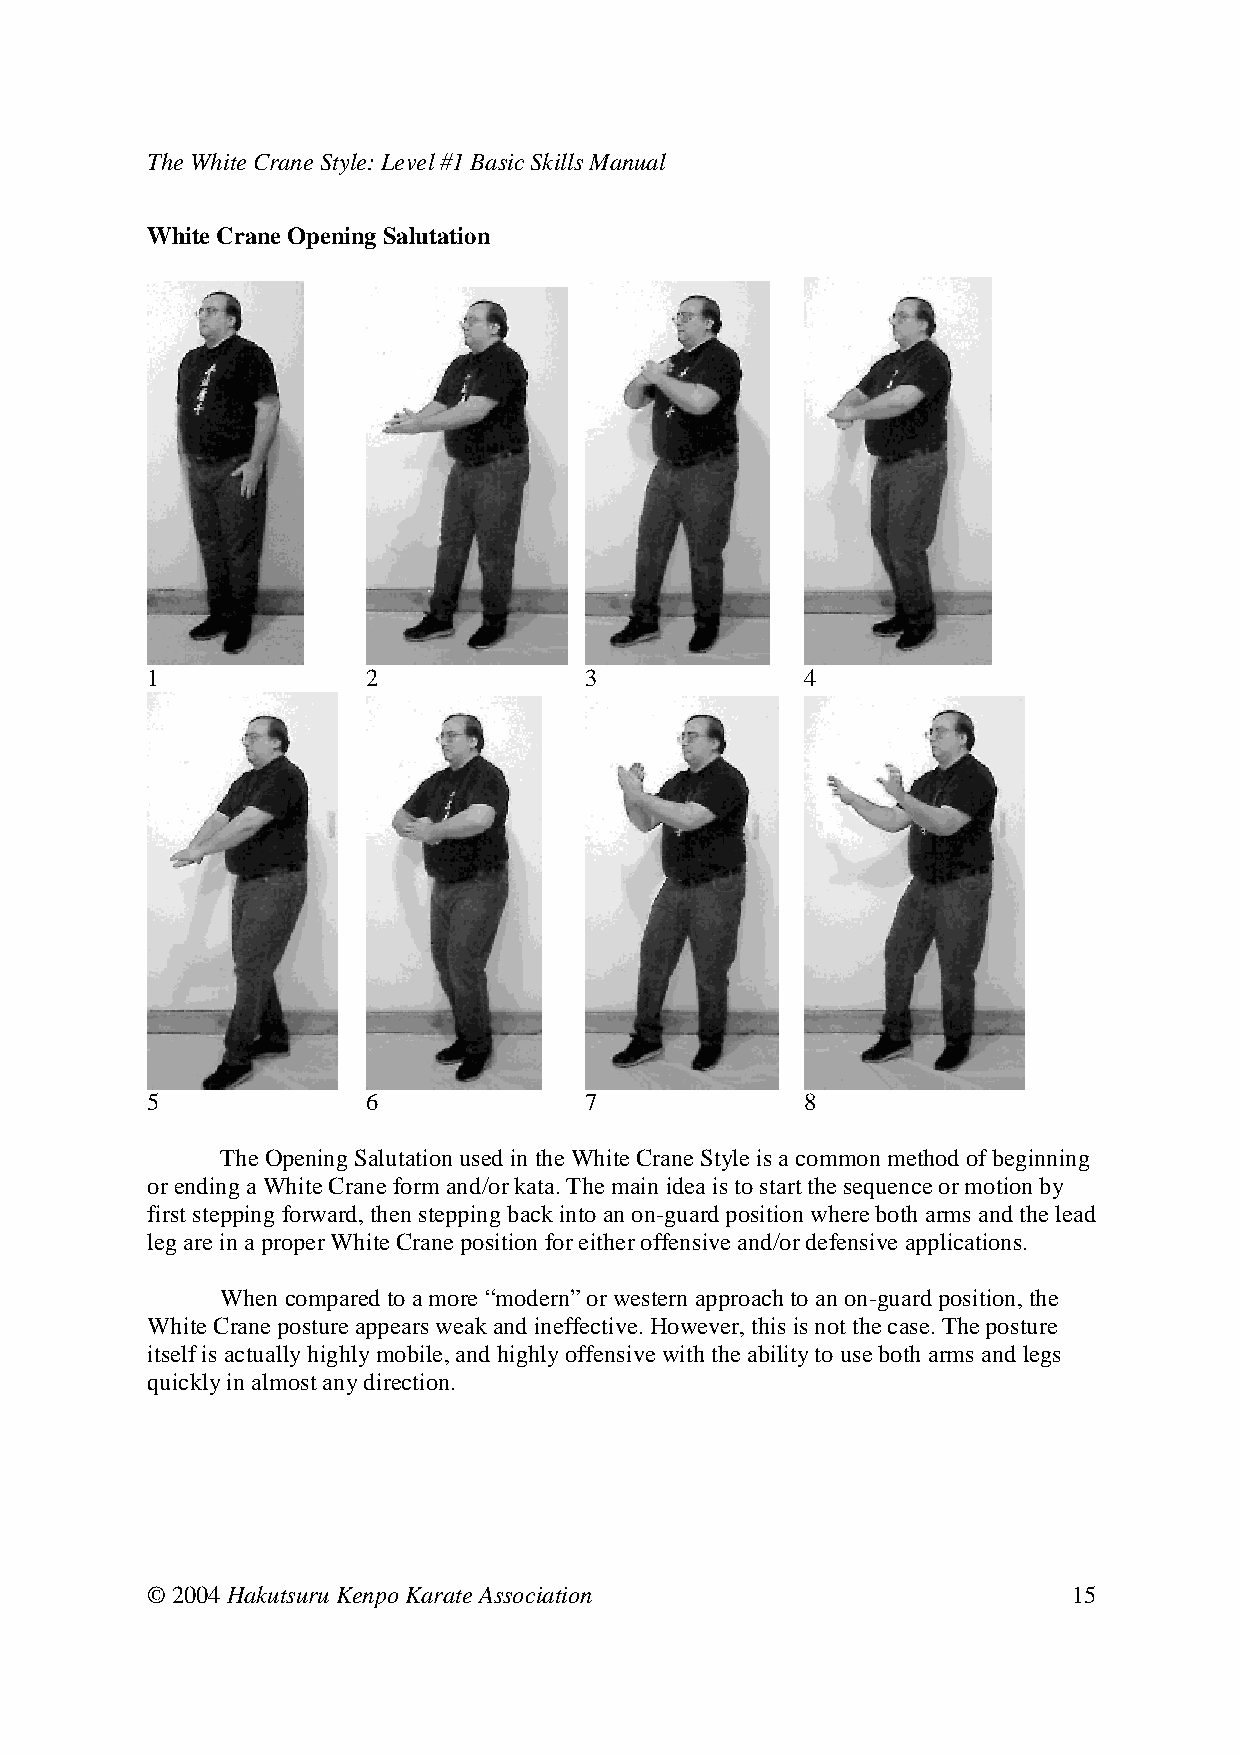
The White Crane Style: Level #1 Basic Skills Manual
 White Crane Opening Salutation
 1     2      3     4
 5     6      7     8
 The Opening Salutation used in the White Crane Style is a common method of beginning
 or ending a White Crane form and/or kata. The main idea is to start the sequence or motion by
 first stepping forward, then stepping back into an on-guard position where both arms and the lead
 leg are in a proper White Crane position for either offensive and/or defensive applications.
 When compared to a more “modern” or western approach to an on-guard position, the
 White Crane posture appears weak and ineffective. However, this is not the case. The posture
 itself is actually highly mobile, and highly offensive with the ability to use both arms and legs
 quickly in almost any direction.
 © 2004 Hakutsuru Kenpo Karate Association                    15